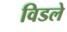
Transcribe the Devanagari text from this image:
विडले